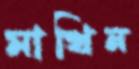
মাখিন